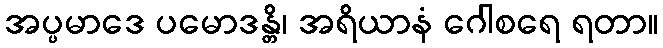
အပ္ပမာဒေ ပမောဒန္တိ၊ အရိယာနံ ဂေါစရေ ရတာ။